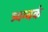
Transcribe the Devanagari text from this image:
त्र्यम्‍बकं